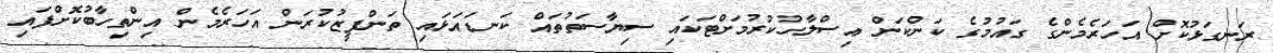
ރަނގަޅުކޮށް އަހަރެމެންގެ ގައުމުގެ ކަންކަން އިސްލާހުކުރުމަށްޓަކައި ސިޔާސަތުތައް ކަނޑައަޅައި ތަންފީޒުކުރަން އަހަރެމެން އިންތިހާބުކޮށްފައި